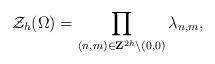
LaTeX: \begin{align*}{\cal Z}_h(\Omega)=\prod_{(n,m)\in {\bf Z}^{2h}\backslash{(0,0)}}\lambda_{n,m},\end{align*}